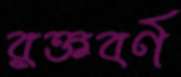
রক্তবর্ণ